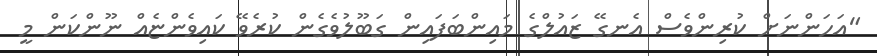
"އަހަންނަށް ކުރިންވެސް އެނގޭ ޒައުލްގެ މައިންބަފައިން ގަބޫލުވެގެން ކުރެވޭ ކައިވެންޏެއް ނޫންކަން މީ